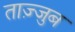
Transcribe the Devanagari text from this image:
ताज़्जुब